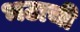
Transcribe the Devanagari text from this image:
भटाची